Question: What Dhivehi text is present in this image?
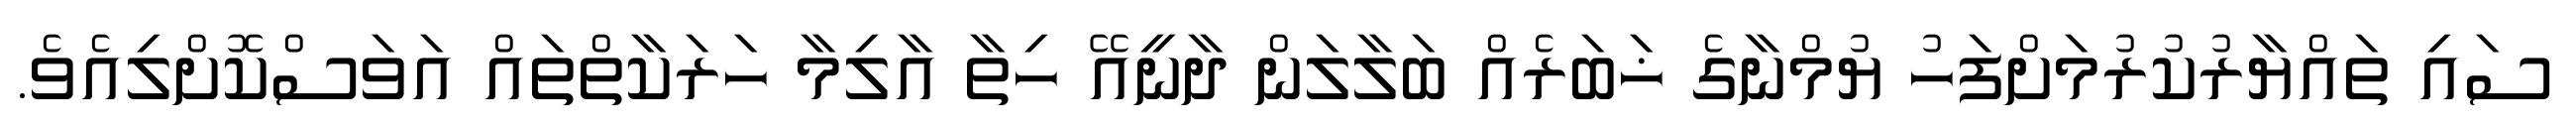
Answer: ސައި ތައްޔާރުކުރުމަށްފަހު ޔުމްނާގެ ޚަބަރެއް ބަލާލަން ދާނީއޭ ހިތާ އާލިމާ ހަރަކާތްތައް އަވަސްކޮށްލިއެވެ.